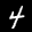
Label: 4